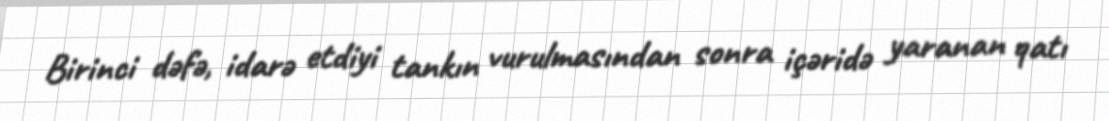
Birinci dəfə, idarə etdiyi tankın vurulmasından sonra içəridə yaranan qatı